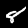
Label: 8